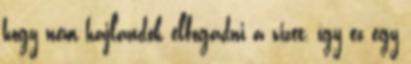
hogy nem hajlandók elfogadni a vizet, így ez egy